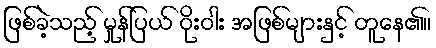
ဖြစ်ခဲ့သည့် မှုန်ပြယ် ဝိုးဝါး အဖြစ်များနှင့် တူနေ၏။